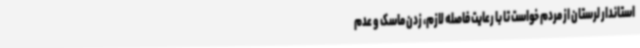
استاندار لرستان از مردم خواست تا با رعایت فاصله لازم، زدن ماسک و عدم